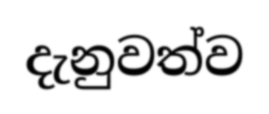
දැනුවත්ව